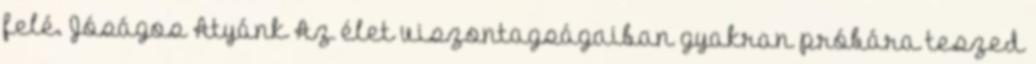
felé. Jóságos Atyánk Az élet viszontagságaiban gyakran próbára teszed